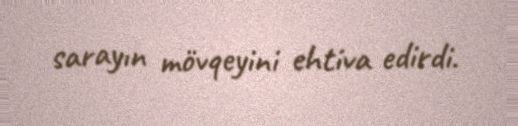
sarayın mövqeyini ehtiva edirdi.